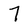
Character: 7